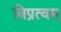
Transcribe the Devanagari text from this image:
विप्रत्वम्